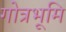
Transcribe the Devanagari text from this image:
गोत्रभूमि